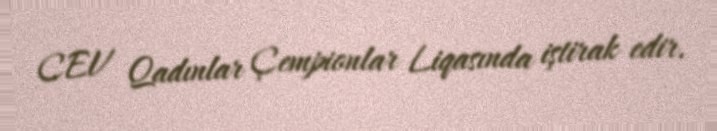
CEV Qadınlar Çempionlar Liqasında iştirak edir.